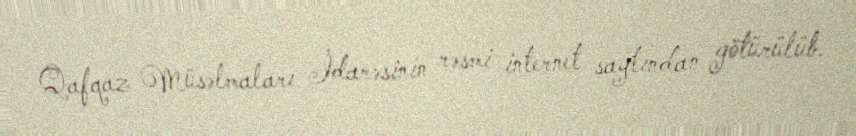
Qafqaz Müsəlmaları İdarəsinin rəsmi internet saytından götürülüb.